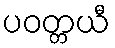
ပဝတ္တယီ